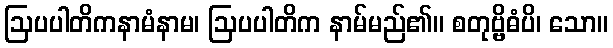
ဩပပါတိကနာမံနာမ၊ ဩပပါတိက နာမ်မည်၏။ စတုဗ္ဗိဓံပိ၊ သော။